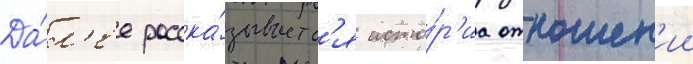
Да́л'ее расска́зываетс'я исто́р'иа отношен'ии